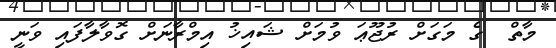
މާތް  ގެ މަގަށް ރުޖޫޢަ ވުމަށް ޝައިޚު އިމްރާނަށް ގޮވާލާފައި ވަނީ